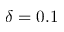
\delta = 0 . 1